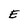
Character: E